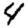
Digit: 4